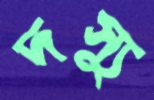
দস্যু